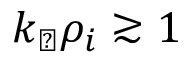
k _ { \perp } \rho _ { i } \gtrsim 1